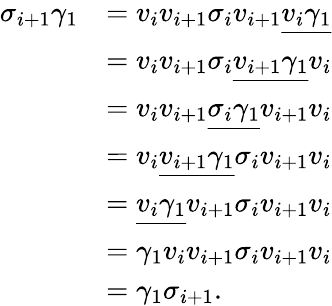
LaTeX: \begin{array}{rl}{\sigma_{i+1}\gamma_{1}}&{=v_{i}v_{i+1}\sigma_{i}v_{i+1}\underline{{v_{i}\gamma_{1}}}}\\ &{=v_{i}v_{i+1}\sigma_{i}\underline{{v_{i+1}\gamma_{1}}}v_{i}}\\ &{=v_{i}v_{i+1}\underline{{\sigma_{i}\gamma_{1}}}v_{i+1}v_{i}}\\ &{=v_{i}\underline{{v_{i+1}\gamma_{1}}}\sigma_{i}v_{i+1}v_{i}}\\ &{=\underline{{v_{i}\gamma_{1}}}v_{i+1}\sigma_{i}v_{i+1}v_{i}}\\ &{=\gamma_{1}v_{i}v_{i+1}\sigma_{i}v_{i+1}v_{i}}\\ &{=\gamma_{1}\sigma_{i+1}.}\end{array}